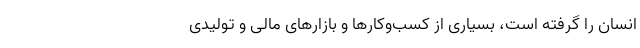
انسان را گرفته است، بسیاری از کسب‌وکارها و بازارهای مالی و تولیدی